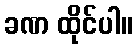
ခဏ ထိုင်ပါ။